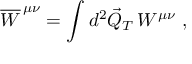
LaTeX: \overline { { W } } ^ { \, \mu \nu } = \int d ^ { 2 } \vec { Q } _ { T } \, W ^ { \mu \nu } \ ,